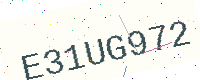
Text: E31UG972